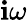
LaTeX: \mathbf{i}\omega